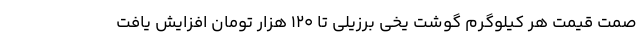
صمت قیمت هر کیلوگرم گوشت یخی برزیلی تا 120 هزار تومان افزایش یافت